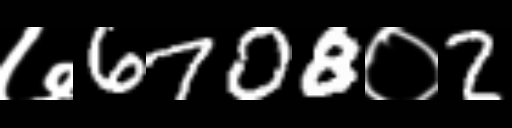
Text: ७6708०2